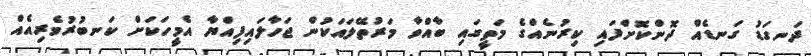
ދަނގަޑު ގަނޑެއް ދޮންކޮށްފައި ކިރުނެއްގެ މަތީގައި ބާއްވާ މަރުތޭލައަކުން ޖަހާލައިފިއްޔާ އެމީހަކަށް ކަނބުރުވެރިއެއް